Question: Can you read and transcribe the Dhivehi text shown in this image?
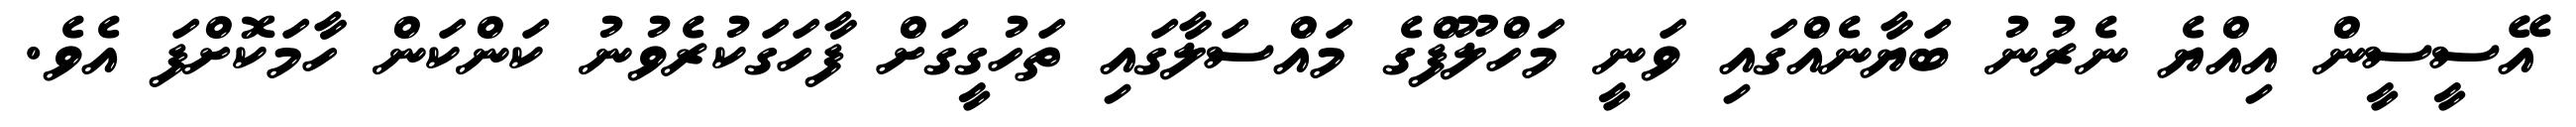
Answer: އޭސީސީން އިއްޔެ ނެރުނު ބަޔާނެއްގައި ވަނީ މަހްލޫފްގެ މައްސަލާގައި ތަހުގީގަށް ފާހަގަކުރެވުނު ކަންކަން ހާމަކޮށްފަ އެވެ.